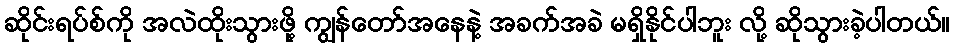
ဆိုင်းရပ်စ်ကို အလဲထိုးသွားဖို့ ကျွန်တော်အနေနဲ့ အခက်အခဲ မရှိနိုင်ပါဘူး လို့ ဆိုသွားခဲ့ပါတယ်။